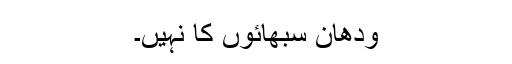
ودھان سبھائوں کا نہیں۔